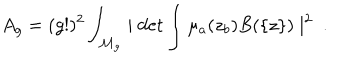
LaTeX: A _ { g } = ( g ! ) ^ { 2 } \int _ { { \cal M } _ { g } } \mid \det \int \mu _ { a } ( z _ { b } ) B ( \{ z \} ) \mid ^ { 2 } \ .